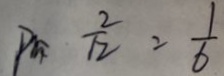
P _ { m } \frac { 2 } { 1 2 } = \frac { 1 } { 6 }